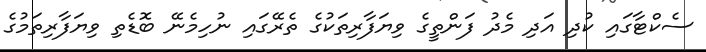
ސެކްޓާގައި ކުދި އަދި މެދު ފަންތީގެ ވިޔަފާރިތަކުގެ ތެރޭގައި ނުހިމެނޭ ބޮޑެތި ވިޔަފާރިތަމުގެ